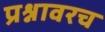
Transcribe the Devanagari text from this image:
प्रश्नावरच